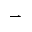
\rightharpoonup